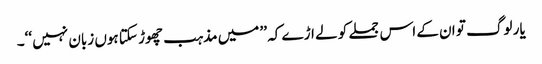
یار لوگ تو ان کے اس جملے کو لے اڑے کہ ’’ میں مذہب چھوڑ سکتا ہوں زبان نہیں ‘‘۔